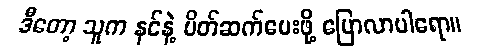
ဒီတော့ သူက နင်နဲ့ မိတ်ဆက်ပေးဖို့ ပြောလာပါရော။